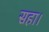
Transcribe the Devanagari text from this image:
सहा।